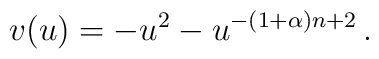
v(u) = -u^2-u^{-(1+\alpha)n+2} \,.